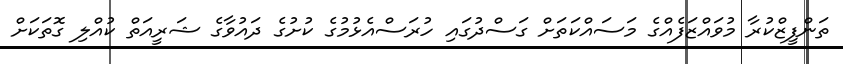
ތަންފީޒްކުރާ މުވައްޒަފެއްގެ މަސައްކަތަށް ގަސްދުގައި ހުރަސްއެޅުމުގެ ކުށުގެ ދައުވާގެ ޝަރީއަތް ކުއްލި ގޮތަކަށް